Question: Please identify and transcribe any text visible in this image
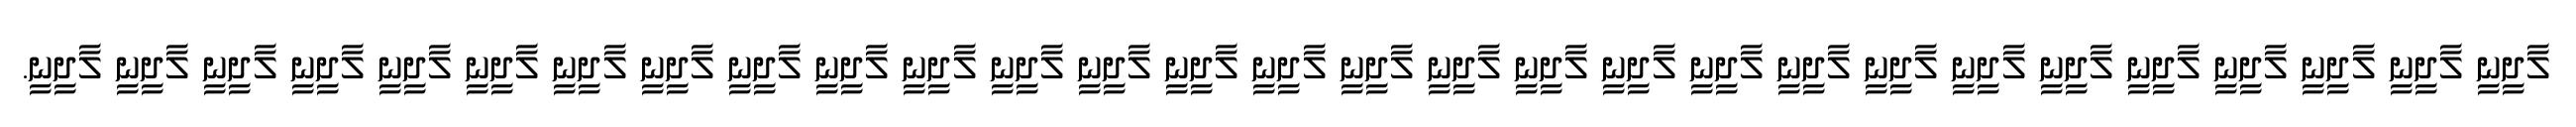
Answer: ލާދީނީ ލާދީނީ ލާދީނީ ލާދީނީ ލާދީނީ ލާދީނީ ލާދީނީ ލާދީނީ ލާދީނީ ލާދީނީ ލާދީނީ ލާދީނީ ލާދީނީ ލާދީނީ ލާދީނީ ލާދީނީ ލާދީނީ ލާދީނީ ލާދީނީ ލާދީނީ ލާދީނީ ލާދީނީ ލާދީނީ ލާދީނީ ލާދީނީ ލާދީނީ ލާދީނީ ލާދީނީ ލާދީނީ.